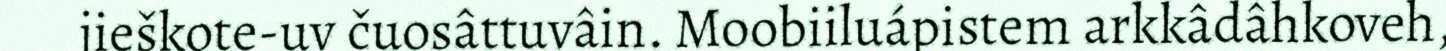
jieškote-uv čuosâttuvâin. Moobiiluápistem arkkâdâhkoveh,